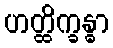
ဟတ္ထိက္ခန္ဓာ